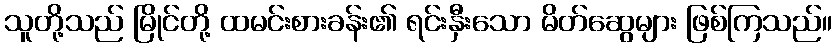
သူတို့သည် မြိုင်တို့ ထမင်းစားခန်း၏ ရင်းနှီးသော မိတ်ဆွေများ ဖြစ်ကြသည်။